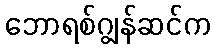
ဘောရစ်ဂျွန်ဆင်က